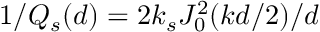
1 / Q _ { s } ( d ) = 2 k _ { s } J _ { 0 } ^ { 2 } ( k d / 2 ) / d